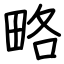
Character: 略